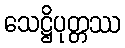
သေဋ္ဌိပုတ္တဿ